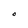
Character: O